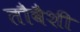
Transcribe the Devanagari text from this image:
तौबैशी